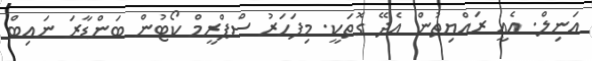
އަނިލް. އެއީ ރައްޔިތުން އެދޭ ގޮތަކީ. މިފަހަރު ސްޕްރީމް ކޯޓުން ބަންޑާރަ ނައިބް